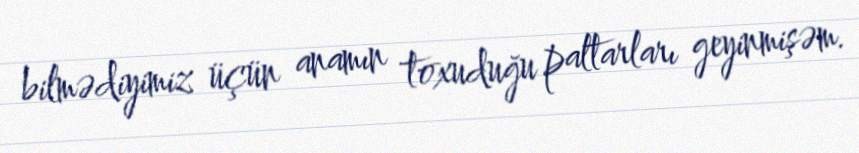
bilmədiyimiz üçün anamın toxuduğu paltarları geyinmişəm.